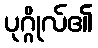
ပုဂ္ဂိုလ်၏